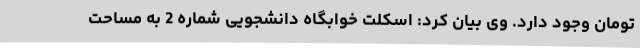
تومان وجود دارد. وی بیان کرد: اسکلت خوابگاه دانشجویی شماره 2 به مساحت